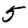
Digit: 5